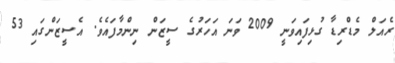
ރެއަލް މެޑްރިޑާ ގުޅިފައިވަނީ 2009 ވަނަ އަހަރުގެ ސީޒަން ނިންމާފައެވެ. އެސީޒަންގައި 53